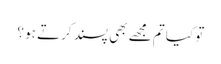
تو کیا تم مجھے بھی پسند کرتے ہو ؟